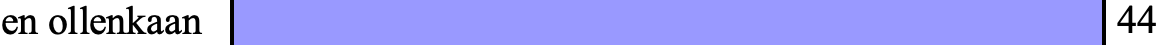
en ollenkaan                         44